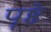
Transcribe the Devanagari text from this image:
पॄष्ठे